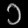
Digit: ၁